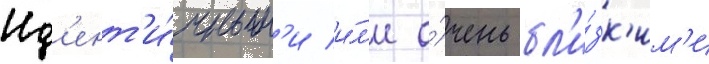
Ид'ент'и́чным'и и́л'и о́чень бл'и́зк'им'и